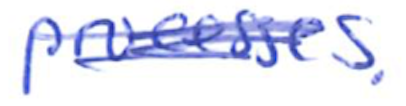
Text: processes.
Cross-out: mix
Writing tool: ballpoint